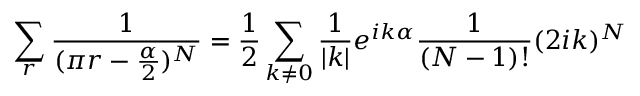
\sum _ { r } \frac { 1 } { ( \pi r - \frac { \alpha } { 2 } ) ^ { N } } = \frac { 1 } { 2 } \sum _ { k \neq 0 } \frac { 1 } { | k | } e ^ { i k \alpha } \frac { 1 } { ( N - 1 ) ! } ( 2 i k ) ^ { N }